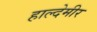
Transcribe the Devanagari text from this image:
हाल्देमीर